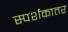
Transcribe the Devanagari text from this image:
स्पर्शकातर